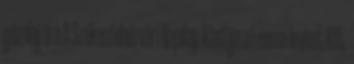
gázolaj ára A Székesfehérvári Napilap kiadója a Lexum-Invest Kft.